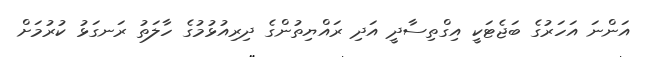
އަންނަ އަހަރުގެ ބަޖެޓަކީ އިގްތިސާދީ އަދި ރައްޔިތުންގެ ދިރިއުޅުމުގެ ހާލަތު ރަނގަޅު ކުރުމަށް